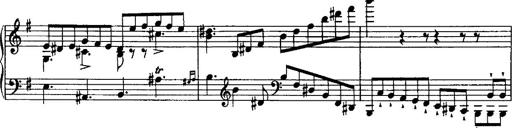
Title: Rondo di bravura
Composer: Franz Liszt